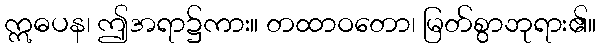
ဣဓပန၊ ဤအရာ၌ကား။ တထာဝတော၊ မြတ်စွာဘုရား၏။